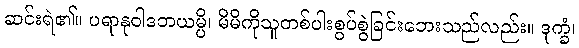
ဆင်းရဲ၏။ ပရာနုဝါဒဘယမ္ပိ၊ မိမိကိုသူတစ်ပါးစွပ်စွဲခြင်းဘေးသည်လည်း။ ဒုက္ခံ၊